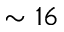
\sim 1 6